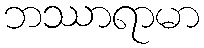
ဘဿာရာမာ